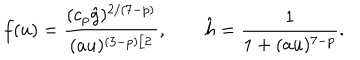
LaTeX: f ( u ) = \frac { ( c _ { p } \hat { g } ) ^ { 2 / ( 7 - p ) } } { ( a u ) ^ { ( 3 - p ) / 2 } } , \qquad \hat { h } = \frac { 1 } { 1 + ( a u ) ^ { 7 - p } } .